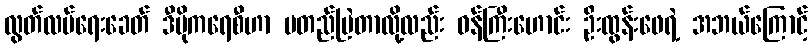
လွတ်လပ်ရေးခေတ် ဒီမိုကရေစီဟာ မတည်မြဲတာလို့လည်း ဝန်ကြီးဟောင်း ဦးထွန်းဖေရဲ့ အဘယ်ကြောင့်